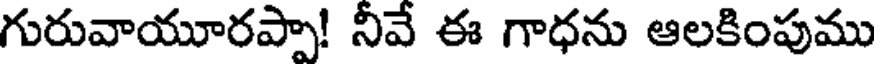
గురువాయూరప్పా! నీవే ఈ గాధను ఆలకింపుము